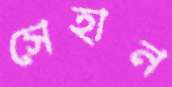
সেহান